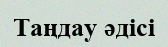
Таңдау әдісі